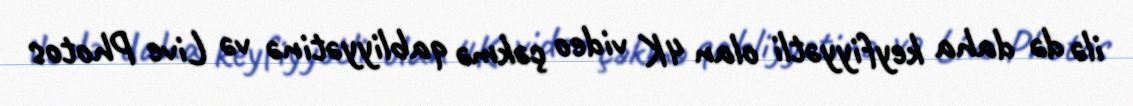
ilə də daha keyfiyyətli olan 4K video çəkmə qabliyyətinə və Live Photos